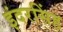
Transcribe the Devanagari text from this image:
इंदरसिंह